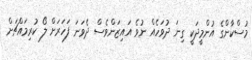
މުސްކާންގެ އުންމީދަކީ ގިނަ ދުވަހެއް ނުވެ އައިޒަންވެސް ދެވަނަ ފަހަރަށް ލޯ ކުރިމައްޗަށް